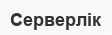
Серверлік